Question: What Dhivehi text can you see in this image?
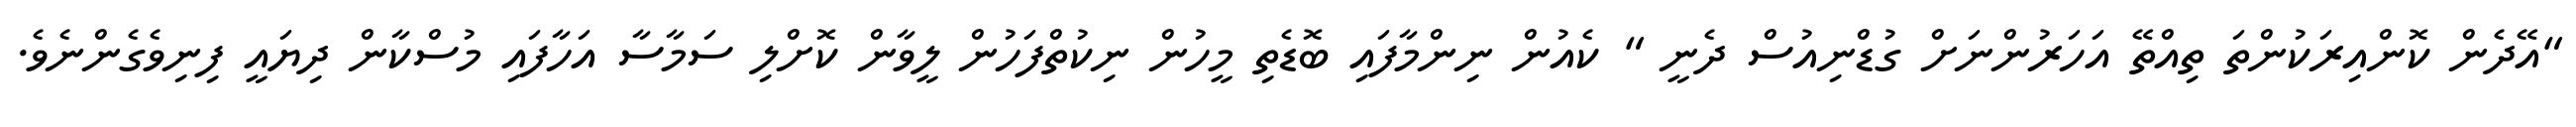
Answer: "އޭދެން ކޮންއިރަކުންތަ ތިއްތޭ އަހަރުންނަށް ގުޑްނިއުސް ދެނީ " ކެއުން ނިންމާފައި ބޮޑެތި މީހުން ނިކުތްފަހުން ލީވާން ކޮށްލި ސަމާސާ އަހާފައި މުސްކާން ދިޔައީ ފިނިވެގެންނެވެ.